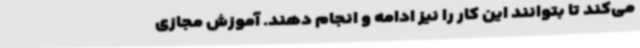
می‌کند تا بتوانند این کار را نیز ادامه و انجام دهند. آموزش مجازی